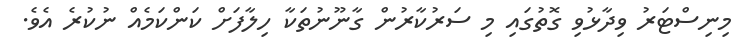
މިނިސްޓަރު ވިދާޅުވި ގޮތުގައި މި ސަރުކާރުން ގާނޫނުތަކާ ހިލާފަށް ކަންކަމެއް ނުކުރެ އެވެ.